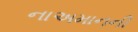
નાઅમાનની